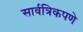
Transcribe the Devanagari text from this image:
सार्वत्रिकपणे